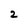
Character: 2